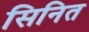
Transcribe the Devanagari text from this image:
सिनित